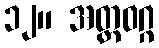
၁၂။ အတ္တဝဂ္ဂ